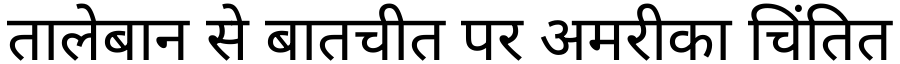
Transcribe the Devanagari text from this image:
तालेबान से बातचीत पर अमरीका चिंतित